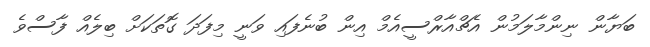
ބަޔާން ނިންމާލަމުން އެޗްއާރްސީއެމް އިން ބުނެފައި ވަނީ މިފަދަ ގޮތަކަށް ބިލެއް ފާސްވެ